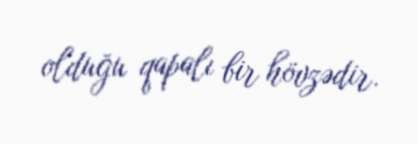
olduğu qapalı bir hövzədir.